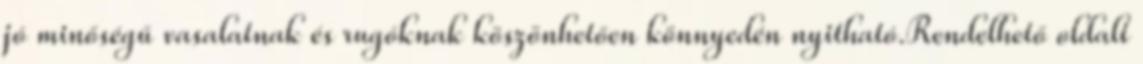
jó minőségű vasalatnak és rugóknak köszönhetően könnyedén nyitható.Rendelhető oldalt